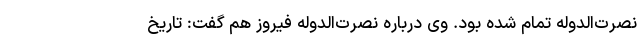
نصرت‌الدوله تمام شده بود. وی درباره نصرت‌الدوله فیروز هم گفت: تاریخ